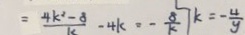
= \frac { 4 k ^ { 2 } - 8 } { k } - 4 k = - \frac { 8 } { k } \vert k = - \frac { 4 } { y }